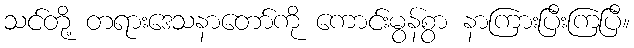
သင်တို့ တရားဒေသနာတော်ကို ကောင်းမွန်စွာ နာကြားပြီးကြပြီ။